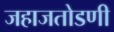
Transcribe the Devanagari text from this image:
जहाजतोडणी